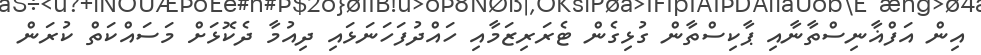
އިން އަފްޣާނިސްތާނާއި ޕާކިސްތާން ގުޅިގެން ޓެރަރިޒަމާއި ހައްދުފަހަނަޅައި ދިއުމާ ދެކޮޅަށް މަސައްކަތް ކުރަން